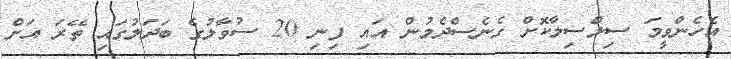
އެހެންވީމަ ސިލްސިލާކޮށް ގެނެސްދެމުން އައި ފިނި 20 ސުވާލުގެ ބަދަލުގައި ތޭރަ އަށް